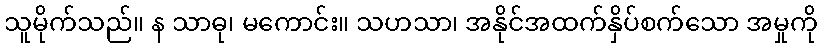
သူမိုက်သည်။ န သာဓု၊ မကောင်း။ သဟသာ၊ အနိုင်အထက်နှိပ်စက်သော အမှုကို